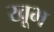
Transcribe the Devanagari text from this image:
खूभ